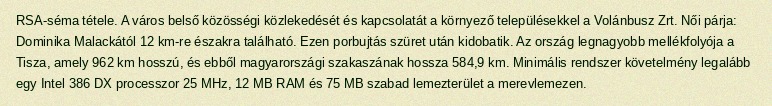
RSA-séma tétele. A város belső közösségi közlekedését és kapcsolatát a környező településekkel a Volánbusz Zrt. Női párja: Dominika Malackától 12 km-re északra található. Ezen porbujtás szüret után kidobatik. Az ország legnagyobb mellékfolyója a Tisza, amely 962 km hosszú, és ebből magyarországi szakaszának hossza 584,9 km. Minimális rendszer követelmény legalább egy Intel 386 DX processzor 25 MHz, 12 MB RAM és 75 MB szabad lemezterület a merevlemezen.